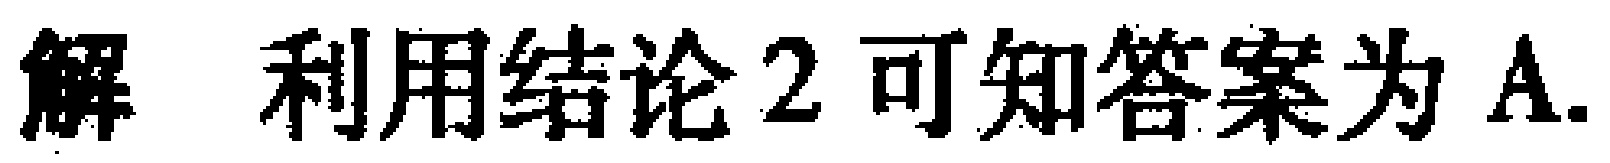
解 利用结论2可知答案为A.